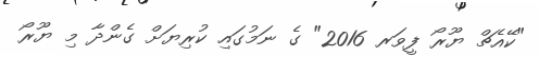
"ކޭއެޗް ޔޫރޯ ފީވަރ 2016" ގެ ނަމުގައި ކުރިޔަށް ގެންދާ މި ޔޫރޯ